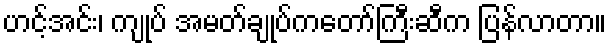
ဟင့်အင်း၊ ကျုပ် အမတ်ချုပ်ကတော်ကြီးဆီက ပြန်လာတာ။